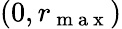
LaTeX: (0,r_{\mathrm{~m~a~x~}})